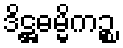
ဒိဋ္ဌဓမ္မိကဉ္စ